Vaccination in Bombay 1869-1873 - 1869-1873
Year: 1869
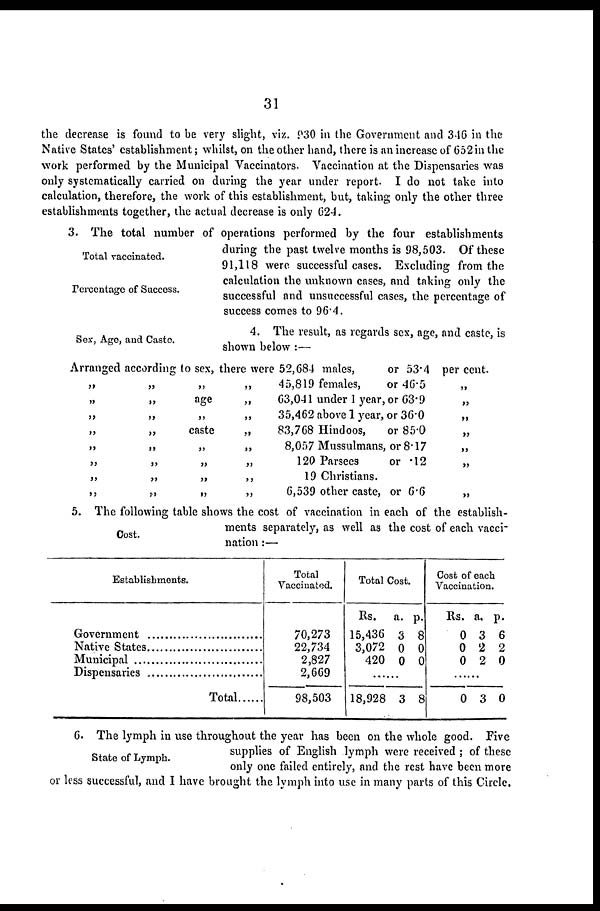
31
the decrease is found to be very slight, viz. 930 in the Government and 346 in the
Native States' establishment; whilst, on the other hand, there is an increase of 652 in the
work performed by the Municipal Vaccinators. Vaccination at the Dispensaries was
only systematically carried on during the year under report. I do not take into
calculation, therefore, the work of this establishment, but, taking only the other three
establishments together, the actual decrease is only 624.
Total vaccinated.
Percentage of Success.
3. The total number of operations performed by the four establishments
during the past twelve months is 98,503. Of these
91,118 were successful cases. Excluding from the
calculation the unknown cases, and taking only the
successful and unsuccessful cases, the percentage of
success comes to 96.4.
Sex, Age, and Caste.
4. The result, as regards sex, age, and caste, is
shown below :—
Arranged according to sex, there were
„
„
„
„
„
„
„
„
„
„
„
„
„
„
„
„
„
age
„
caste
„
„
„
„
„
„
„
„
„
„
„
„
52,684 males,
or 53.4
45,819 females,
or 46.5
63,041 under 1 year, or 63.9
35,462 above 1 year, or 36.0
83,768 Hindoos,
or 85.0
8,057 Mussulmans, or 8.17
120 Parsees
or .12
19 Christians.
6,539 other caste, or 6.6
per cent.
„
„
„
„
„
„
„
Cost.
5. The following table shows the cost of vaccination in each of the establish-
ments separately, as well as the cost of each vacci
nation :—
Establishments.
Government ......................
Native States ......................
Municipal ......................
Dispensaries ......................
Total ..........
Total
Vaccinated.
70,273
22,734
2,827
2,669
98,503
Total Cost.
Rs.
15,436
3,072
420
a.
3
0
0
p.
8
0
0
......
18,928 3 8
Cost of each
Vaccination.
Rs.
0
0
0
a.
3
2
2
p.
6
2
0
......
0 3 0
State of Lymph.
6. The lymph in use throughout the year has been on the whole good. Five
supplies of English lymph were received ; of these
only one failed entirely, and the rest have been more
or less successful, and I have brought the lymph into use in many parts of this Circle.